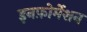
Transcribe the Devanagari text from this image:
इनफ़ोर्मेशन